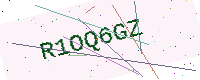
Text: R1OQ6GZ